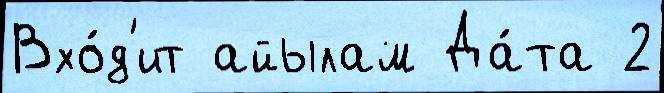
Вхо́д'ит айылам Да́та 2